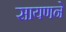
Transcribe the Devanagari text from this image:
सायणने